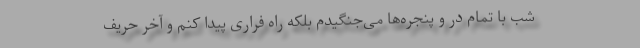
شب با تمام در و پنجره‌ها می‌جنگیدم بلکه راه فراری پیدا کنم و آخر حریف